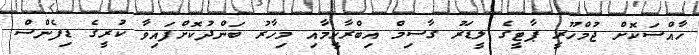
ހާއްސަކޮށް ޖުމްހޫރީ ޕާޓީގެ ލީޑަރު ގާސިމް އިބްރާހީމާއި މިހާރު ބަންދުކޮށްފައިވާ ކުރީގެ ޑިފެންސް